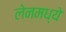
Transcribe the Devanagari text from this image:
लेनमध्ये